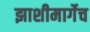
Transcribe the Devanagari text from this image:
झाशीमार्गेच